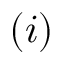
( i )